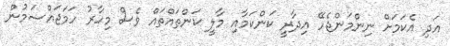
އަދި އެކަމަށް ނިންމަންޖެހޭ އިދާރީ ކަންކަމާއި މާލީ ކަންތައްތައް ވެސް މިހާރު ހަމަޖައްސަމުން